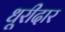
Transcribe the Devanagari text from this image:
धूरीदार